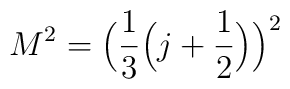
M^2 = {\Big (}{1 \over 3} {\Big (}j + { 1 \over 2}{\Big )}{\Big )}^2